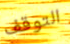
التوقف